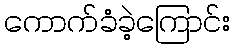
ကောက်ခံခဲ့ကြောင်း